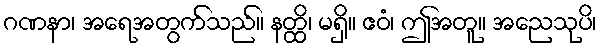
ဂဏနာ၊ အရေအတွက်သည်။ နတ္ထိ၊ မရှိ။ ဧဝံ၊ ဤအတူ။ အညေသုပိ၊